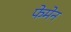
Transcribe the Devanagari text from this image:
फेमेन